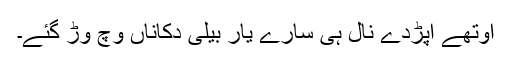
اوتھے اپڑدے نال ہی سارے یار بیلی دُکاناں وچ وڑ گئے۔